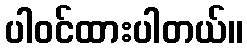
ပါဝင်ထားပါတယ်။